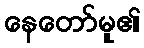
နေတော်မူ၏